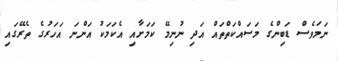
ނަމަވެސް ޑަބިންގެ މަސައްކަތްތައް އަދި ނުނިމޭ ކަމަށާއި އެކަމަކު އަންނަ އަހަރުގެ ތެރޭގައި